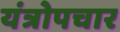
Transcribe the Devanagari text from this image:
यंत्रोपचार